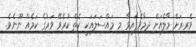
ވެރިރަށް މާލެއަށް ދިމާވެފައިވާ މި މައްސަލައަކީ ކެތް ކުރެވޭ ވަރުގެ ކަމެއް ނޫނެވެ.